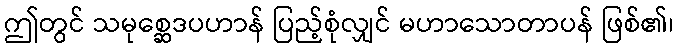
ဤတွင် သမုစ္ဆေဒပဟာန် ပြည့်စုံလျှင် မဟာသောတာပန် ဖြစ်၏၊